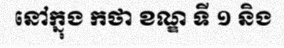
នៅក្នុង កថា ខណ្ឌ ទី ១ និង